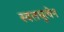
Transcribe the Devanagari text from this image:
स्वलघुत्वेन